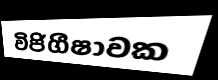
විජිගීෂාවක